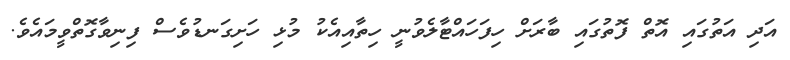
އަދި އަތުގައި އޮތް ފޮތުގައި ބާރަށް ހިފަހައްޓާލެވުނީ ހިތާއިއެކު މުޅި ހަށިގަނޑުވެސް ފިނިވާގޮތްވީމައެވެ.